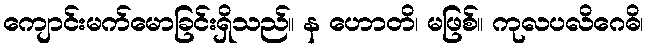
ကျောင်းမက်မောခြင်းရှိသည်။ န ဟောတိ၊ မဖြစ်။ ကုလပလိဂေဓိ၊